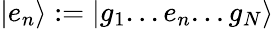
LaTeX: \vert e_{n}\rangle:=\vert g_{1}...e_{n}...g_{N}\rangle